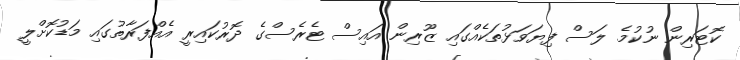
ކޮޓަރިން ނުކުމެ ލަސް ފިޔަވަޅުތަކެއްގައި ޒޫރިން އައިސް ޓެރެސްގެ ދޮރުކައިރީ އެއްފަރާތުގައި މަޑުކޮށްލީ